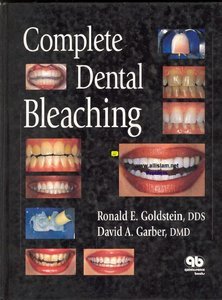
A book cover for Complete Dental Bleaching; Ronald E. Goldstein; Medical Books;